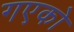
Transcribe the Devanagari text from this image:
गएको